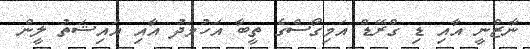
ނާޒްނީ އާއި ޑި ގްރޭޑް އަމިގޯސްގެ ތީބާ އަހުމަދު އާއި އައިޝަތު ލީން